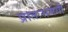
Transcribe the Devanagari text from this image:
प्रातःसमयी